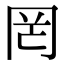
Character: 罔